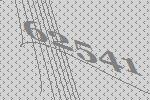
62541